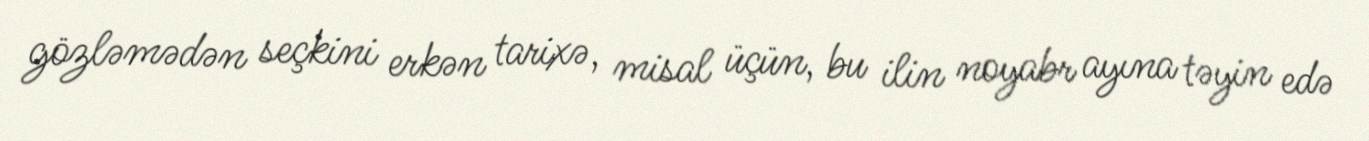
gözləmədən seçkini erkən tarixə, misal üçün, bu ilin noyabr ayına təyin edə